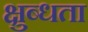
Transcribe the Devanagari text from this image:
क्षुब्धता